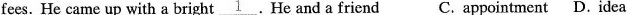
fees. He came up with a bright\underline{1}.He and a friend C. appointment D.idea